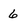
Character: 6